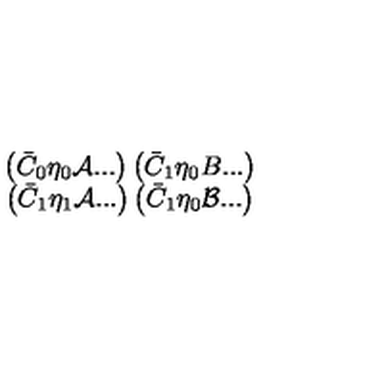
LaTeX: \begin{array} { c c } { \left( \bar { C } _ { 0 } \eta _ { 0 } { \cal A } . . . \right) \left( \bar { C } _ { 1 } \eta _ { 0 } B . . . \right) } \\ { \left( \bar { C } _ { 1 } \eta _ { 1 } { \cal A } . . . \right) \left( \bar { C } _ { 1 } \eta _ { 0 } { \cal B } . . . \right) } \\ \end{array}